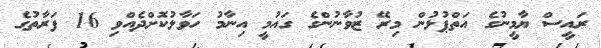
ރައީސް ޔާމީނުގެ އަތްޕުޅުން މިރޭ ޒުވާނުންގެ ގައުމީ އިނާމު ހަވާލުކޮށްދެއްވި 16 ފަރާތުގެ